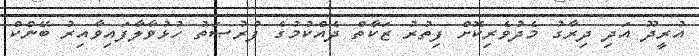
އުރީދޫ އަދި ދިރާގު މެދުވެރިކޮށް ފިތުރު ޒަކާތް ދެއްކުމުގެ ފުރުޞަތު ހުޅުވާލާފައިވާއިރު ބޭންކް